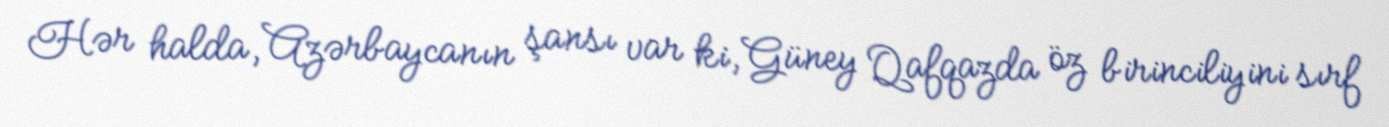
Hər halda, Azərbaycanın şansı var ki, Güney Qafqazda öz birinciliyini sırf